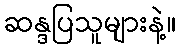
ဆန္ဒပြသူများနဲ့။